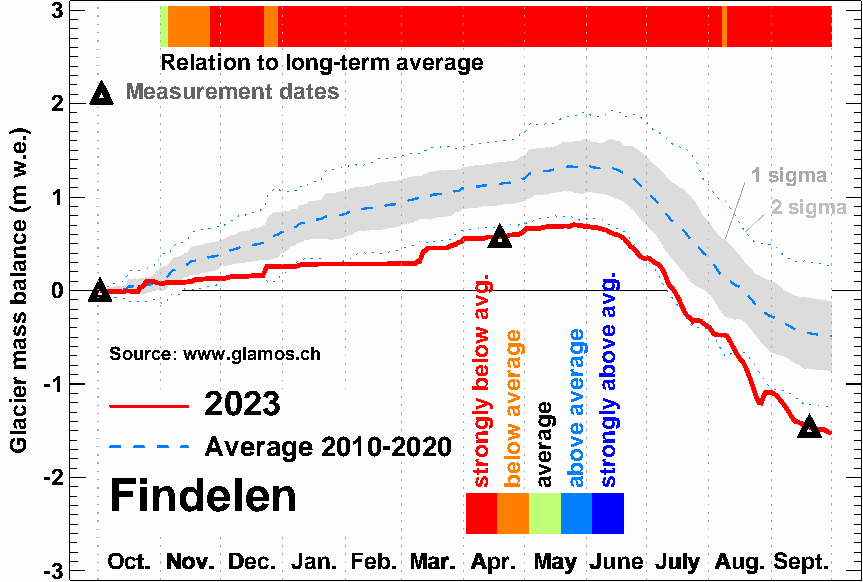
3
 Relation to long-term average
 Measurement dates
 2
 1 sigma
 1
 2 sigma
 0
 Source: www.glamos.ch
 -1
 2023
 Average 2010-2020
 -2
 Findelen
 OOcctt.. NNoovv.. DDeecc.. JJaann.. FFeebb.. MMaarr.. AApprr.. MMaayy JJuunnee JJuullyy AAuugg.. SSeepptt..
 -3
 ).e.w
 m(
 ecnalab
 ssam
 reicalG
 .gva
 woleb
 ylgnorts
 egareva
 woleb
 egareva
 egareva
 evoba
 .gva
 evoba
 ylgnorts